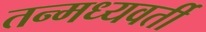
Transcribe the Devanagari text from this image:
तन्मध्यवर्ती